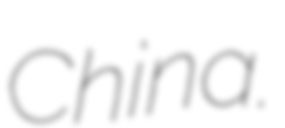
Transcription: China.